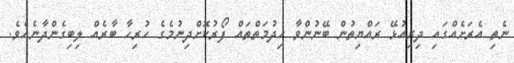
ނެތި އެރަށެއްގައި ދިރިއުޅޭ ރައްޔިތުން ބޭނުންވާ ހިދުމަތްތައް ފޯރުކޮށްދިނުމެގެ ހުރިހާ ބާރެއް ލިބިގެންދާނެއެވެ.